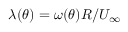
\lambda ( \theta ) = { \omega ( \theta ) R } / { U _ { \infty } }